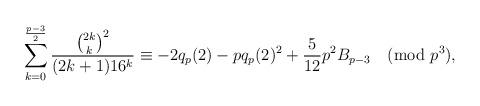
LaTeX: \begin{align*} \sum_{k=0}^{\frac{p-3}2}\frac{\binom{2k}k^2}{(2k+1)16^k}\equiv-2q_p(2)-pq_p(2)^2+\frac5{12}p^2B_{p-3}\pmod{p^3}, \end{align*}